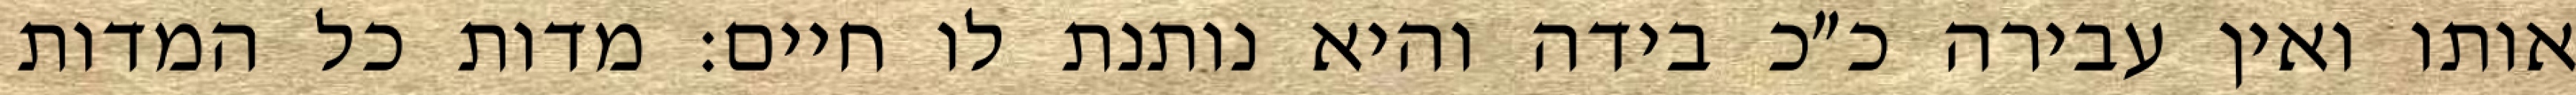
אותו ואין עבירה כ״כ בידה והיא נותנת לו חיים: מדות כל המדות